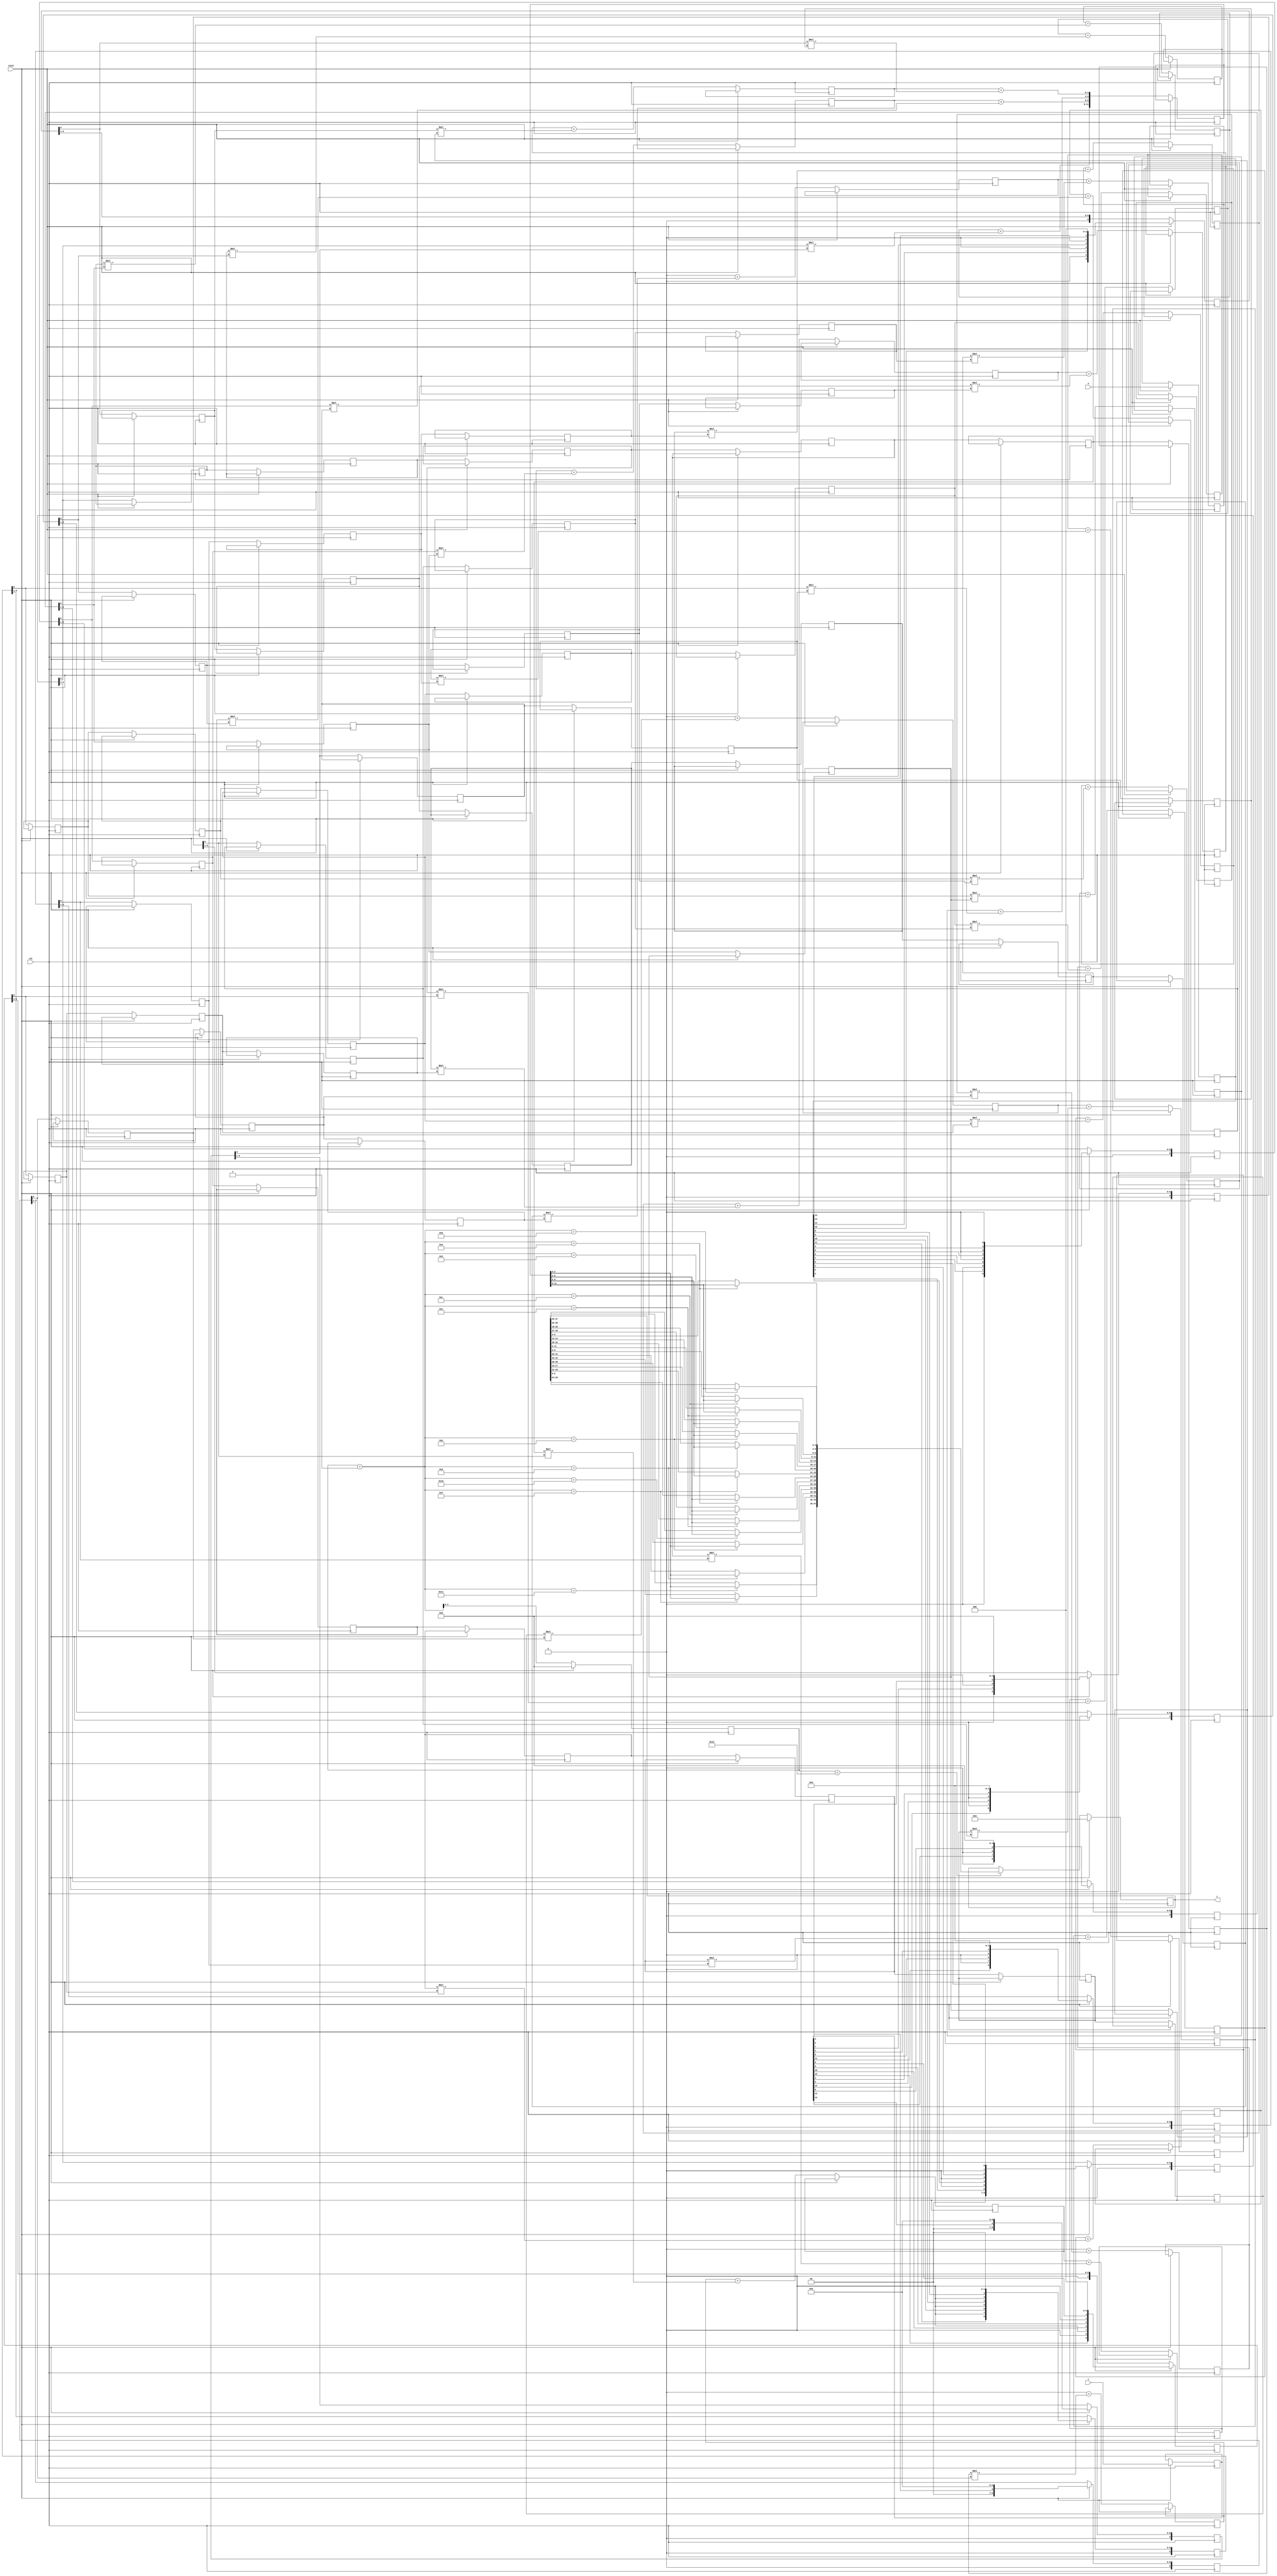
module lab7(X,Y,z,clk,reset);
input [15:0]X;
input [15:0]Y;
reg [15:0]x;
reg [15:0]y;
reg [4:0]i;
output reg [47:0]z;
reg [11:0]Z;
input clk,reset;
reg [9:0]x1,x2,x3,x4,y1,y2,y3,y4,y5,y6,y7;
reg rx11,rx12,rx13,rx14,rx15,rx16,rx17;
reg rx21,rx22,rx23,rx24,rx25,rx26,rx27;
reg rx31,rx32,rx33,rx34,rx35,rx36,rx37;
reg rx41,rx42,rx43,rx44,rx45,rx46,rx47;

reg ry11,ry12,ry13,ry14,ry15,ry16,ry17;
reg ry21,ry22,ry23,ry24,ry25,ry26,ry27;
reg ry31,ry32,ry33,ry34,ry35,ry36,ry37;
reg ry41,ry42,ry43,ry44,ry45,ry46,ry47;

reg [2:0]o_z47,o_z37,o_z27,o_z17;
reg [2:0]o_z46,o_z36,o_z26,o_z16;
reg [2:0]o_z45,o_z35,o_z25,o_z15;
reg [2:0]o_z44,o_z34,o_z24,o_z14;
reg [2:0]o_z43,o_z33,o_z23,o_z13;
reg [2:0]o_z42,o_z32,o_z22,o_z12;

reg [2:0]z11,z12,z13,z14,z15,z16,z17;
reg [2:0]z21,z22,z23,z24,z25,z26,z27;
reg [2:0]z31,z32,z33,z34,z35,z36,z37;
reg [2:0]z41,z42,z43,z44,z45,z46,z47;

task c;
input x,y;
input [2:0]z;
output reg xx,yy;
output [2:0]zz;

	xx = x;
	yy = y;
	zz = z + (x*y);
endtask

always@(posedge clk)
begin
	if(reset)
	begin
		x <= X;
		y <= Y;
		i <= 0;
		z<=0;
		x1 <= {1'b0,1'b0,1'b0,x[3],1'b0,x[2],1'b0,x[1],1'b0,x[0]};
		x2 <= {1'b0,1'b0,x[7],1'b0,x[6],1'b0,x[5],1'b0,x[4],1'b0};
		x3 <= {1'b0,x[11],1'b0,x[10],1'b0,x[9],1'b0,x[8],1'b0,1'b0};
		x4 <= {x[15],1'b0,x[14],1'b0,x[13],1'b0,x[12],1'b0,1'b0,1'b0};
		y1 <= {1'b0,1'b0,1'b0,y[12],1'b0,1'b0,1'b0,1'b0,1'b0,1'b0};
		y2 <= {1'b0,1'b0,y[13],1'b0,y[8],1'b0,1'b0,1'b0,1'b0,1'b0};
		y3 <= {1'b0,y[14],1'b0,y[9],1'b0,y[4],1'b0,1'b0,1'b0,1'b0};
		y4 <= {y[15],1'b0,y[10],1'b0,y[5],1'b0,y[0],1'b0,1'b0,1'b0};
		y5 <= {1'b0,y[11],1'b0,y[6],1'b0,y[1],1'b0,1'b0,1'b0,1'b0};
		y6 <= {1'b0,1'b0,y[7],1'b0,y[2],1'b0,1'b0,1'b0,1'b0,1'b0};
		y7 <= {1'b0,1'b0,1'b0,y[3],1'b0,1'b0,1'b0,1'b0,1'b0,1'b0};
	end
	
	else
	begin
		c(rx46,ry37,0,rx47,ry47,z47);			//cell c4,7
		c(rx36,ry27,0,rx37,ry37,z37);			//cell c3,7
		c(rx26,ry17,0,rx27,ry27,z27);			//cell c2,7
		c(rx16,y7[0],0,rx17,ry17,z17);			//cell c1,7
		
		c(rx45,ry36,o_z47,rx46,ry46,z46);		//cell c4,6
		c(rx35,ry26,o_z37,rx36,ry36,z36);		//cell c3,6
		c(rx25,ry16,o_z27,rx26,ry26,z26);		//cell c2,6
		c(rx15,y6[0],o_z17,rx16,ry16,z16);		//cell c1,6
		o_z47=z47;
		o_z37=z37;
		o_z27=z27;
		o_z17=z17;
		
		
		c(rx44,ry35,o_z46,rx45,ry45,z45);		//cell c4,5
		c(rx34,ry25,o_z36,rx35,ry35,z35);		//cell c3,5
		c(rx24,ry15,o_z26,rx25,ry25,z25);		//cell c2,5
		c(rx14,y5[0],o_z16,rx15,ry15,z15);		//cell c1,5
		o_z46=z46;
		o_z36=z36;
		o_z26=z26;
		o_z16=z16;
		
		c(rx43,ry34,o_z45,rx44,ry44,z44);		//cell c4,4
		c(rx33,ry24,o_z35,rx34,ry34,z34);		//cell c3,4
		c(rx23,ry14,o_z25,rx24,ry24,z24);		//cell c2,4
		c(rx13,y4[0],o_z15,rx14,ry14,z14);		//cell c1,4
		o_z45=z45;
		o_z35=z35;
		o_z25=z25;
		o_z15=z15;
		
		
		c(rx42,ry33,o_z44,rx43,ry43,z43);		//cell c4,3
		c(rx32,ry23,o_z34,rx33,ry33,z33);		//cell c3,3
		c(rx22,ry13,o_z24,rx23,ry23,z23);		//cell c2,3
		c(rx12,y3[0],o_z14,rx13,ry13,z13);		//cell c1,3
		o_z44=z44;
		o_z34=z34;
		o_z24=z24;
		o_z14=z14;
		
		c(rx41,ry32,o_z43,rx42,ry42,z42);		//cell c4,2
		c(rx31,ry22,o_z33,rx32,ry32,z32);		//cell c3,2
		c(rx21,ry12,o_z23,rx22,ry22,z22);		//cell c2,2
		c(rx11,y2[0],o_z13,rx12,ry12,z12);		//cell c1,2
		o_z43=z43;
		o_z33=z33;
		o_z23=z23;
		o_z13=z13;
		
		c(x4[0],ry31,o_z42,rx41,ry41,z41);		//cell c4,1
		c(x3[0],ry21,o_z32,rx31,ry31,z31);		//cell c3,1
		c(x2[0],ry11,o_z22,rx21,ry21,z21);		//cell c2,1
		c(x1[0],y1[0],o_z12,rx11,ry11,z11);		//cell c1,1
		o_z42=z42;
		o_z32=z32;
		o_z22=z22;
		o_z12=z12;
		
		
		x1 <= x1>>1;
		x2 <= x2>>1;
		x3 <= x3>>1;
		x4 <= x4>>1;
		y1 <= y1>>1;
		y2 <= y2>>1;
		y3 <= y3>>1;
		y4 <= y4>>1;
		y5 <= y5>>1;
		y6 <= y6>>1;
		y7 <= y7>>1;
		Z <= {z11,z21,z31,z41};
		
		if(i<18)
		begin
			case(i+1)
				
				5'd8 :z[2:0] = Z[11:9];
				5'd9 :z[14:12] = Z[8:6];
				5'd10:begin	z[5:3] = Z[11:9]; z[26:24] = Z[5:3];	end
				5'd11:begin	z[17:15] = Z[8:6]; z[38:36] = Z[2:0];	end
				5'd12:begin	z[8:6] = Z[11:9]; z[29:27] = Z[5:3];	end
				5'd13:begin	z[20:18] = Z[8:6]; z[41:39] = Z[2:0];	end
				5'd14:begin	z[11:9] = Z[11:9]; z[32:30] = Z[5:3];	end
				5'd15:begin	z[23:21] = Z[8:6]; z[44:42] = Z[2:0];	end
				5'd16:z[35:33] = Z[5:3];
				5'd17:z[47:45] = Z[2:0];
				
			endcase
			
		end
		i = i + 1;
		
	end

end

endmodule